system: You are a helpful assistant.
user:
Analyze the provided spectrum to determine if it is a **Carbon Star (C-type)**.

- **Key Visual Indicators of Carbon Star:**
    - **(Primary):** Strong molecular absorption from **C₂ (diatomic carbon) "Swan Bands."** This is the **defining feature** of a carbon star.
        - **(Key Bandheads):** Sharp absorption edges are visible at approximately $5635$ Å, $5165$ Å (the strongest band), and $4737$ Å.
        - **(Line Profile):** Creates a distinct **"saw-tooth"** pattern. The key morphology is a sharp, steep bandhead on the **red (long-wavelength) side**, which then gradually tapers off (i.e., flux recovers) towards the **blue (short-wavelength) side**. *(This is the direct opposite of the TiO bands seen in M-type stars)*.

    - **(Secondary):** Intense **CN (cyanogen)** molecular absorption bands.
        - **(Key Bandheads):** Located in the blue and violet regions of the spectrum (e.g., near $4215$ Å and $3883$ Å).
        - **(Morphology):** These bands are extremely broad and act as a "blanket," absorbing the vast majority of blue and violet light. This creates a characteristic **"cliff"** or **"steep drop-off"** in the spectrum's flux at short wavelengths.

    - **(Key Confirmation):** Strong **CH absorption band (G-band)**.
        - **(Key Bandhead):** Located around $4300$ Å. The contribution from CH molecules to this band is exceptionally strong.

    - **(Overall Spectrum):**
        - The continuum is severely "chopped up" by these deep molecular bands, especially C₂, rather than appearing as a smooth curve.
        - Due to the heavy CN and C₂ absorption in the blue-green, the vast majority of the star's flux is concentrated in the red part of the spectrum, giving the star its characteristic deep red color.

Think first, call **spectral_visualization_tool** if needed to examine features in detail, then provide your final answer. Your response must adhere to the following strict rules:
1.  **Overall Structure:** Your response must follow the format `<think>...</think> <tool_call>...</tool_call> (if a tool is used) <answer>...</answer>`.
2.  **Tool Usage Constraint:** You may only make **one** tool call per turn.
3.  **Final Answer Format:** In the `<answer>` tag, your conclusion must be inside a `\boxed{}` command (e.g., `\boxed{YES}`), followed by your justification.

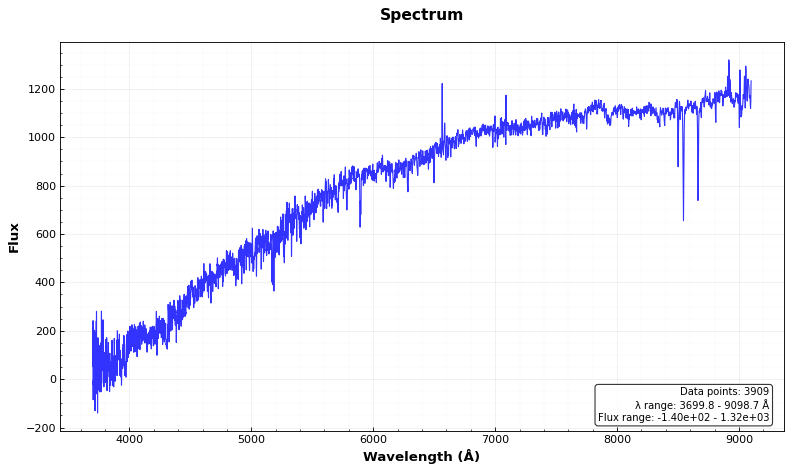
Answer: NO